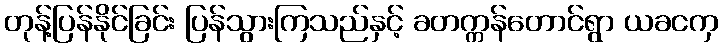
တုန့်ပြန်နိုင်ခြင်း ပြန်သွားကြသည်နှင့် ခတက္ကန်တောင်ရွာ ယခငကှ